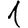
Digit: 1